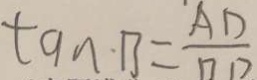
\tan \cdot B = \frac { A D } { D D }